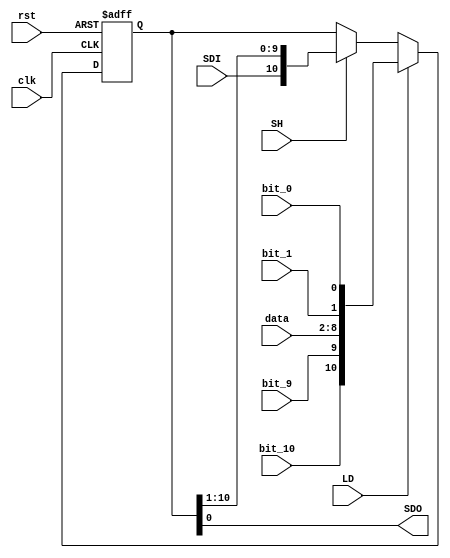
`timescale 1ns / 1ps

//******************************************************************************//
//  Project:	CECS 460 Project 4: Full UART                                   //
//                                                                              //
//	Created by Vince Nguyen on May 11, 2020                                     //
//  Copyright  2020 Vince Nguyen.  All rights reserved.                        //
//                                                                              //
//  In submitting this file for class work at CSULB I am confirming that this   //
//  is my work and the work of no one else.  In submitting this code I          //
//  acknowledge that plagiarism in student project work is subject to dismissal //
//  from the class.                                                             //
//                                                                              //
//******************************************************************************//

module Shift_Register_11Bit(
    input           clk,
    input           rst,
    input           LD,
    input           SH,
    input           SDI,
    input           bit_10,
    input           bit_9,
    input           bit_1,
    input           bit_0,
    input   [6:0]   data,
    output          SDO
    );
    
    reg     [10:0]  Store;
    
    assign SDO = Store[0];
    
    always @(posedge clk, posedge rst) begin
        if(rst)         Store <= 11'b111_1111_1111;
        else if(LD)     Store <= {bit_10,bit_9,data,bit_1,bit_0};
        else if(SH)     Store <= {SDI,Store[10:1]};
        else            Store <= Store;
    end        
endmodule